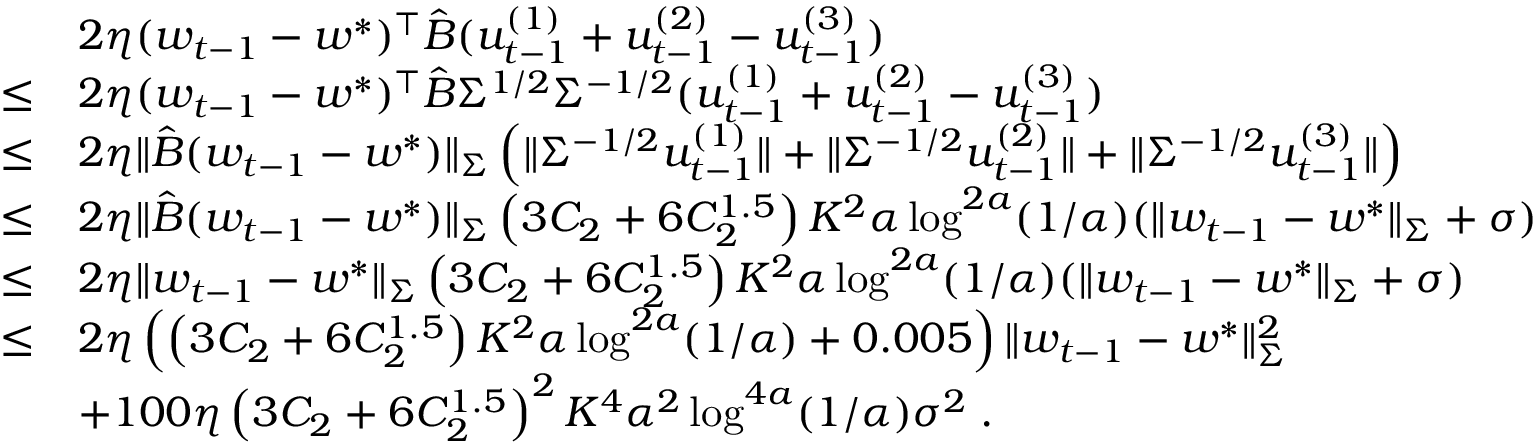
\begin{array} { r l } & { 2 \eta ( w _ { t - 1 } - w ^ { * } ) ^ { \top } \hat { B } ( u _ { t - 1 } ^ { ( 1 ) } + u _ { t - 1 } ^ { ( 2 ) } - u _ { t - 1 } ^ { ( 3 ) } ) } \\ { \leq } & { 2 \eta ( w _ { t - 1 } - w ^ { * } ) ^ { \top } \hat { B } \Sigma ^ { 1 / 2 } \Sigma ^ { - 1 / 2 } ( u _ { t - 1 } ^ { ( 1 ) } + u _ { t - 1 } ^ { ( 2 ) } - u _ { t - 1 } ^ { ( 3 ) } ) } \\ { \leq } & { 2 \eta \| \hat { B } ( w _ { t - 1 } - w ^ { * } ) \| _ { \Sigma } \left( \| \Sigma ^ { - 1 / 2 } u _ { t - 1 } ^ { ( 1 ) } \| + \| \Sigma ^ { - 1 / 2 } u _ { t - 1 } ^ { ( 2 ) } \| + \| \Sigma ^ { - 1 / 2 } u _ { t - 1 } ^ { ( 3 ) } \| \right) } \\ { \leq } & { 2 \eta \| \hat { B } ( w _ { t - 1 } - w ^ { * } ) \| _ { \Sigma } \left( 3 C _ { 2 } + 6 C _ { 2 } ^ { 1 . 5 } \right) K ^ { 2 } \alpha \log ^ { 2 a } ( 1 / \alpha ) ( \| w _ { t - 1 } - w ^ { * } \| _ { \Sigma } + \sigma ) } \\ { \leq } & { 2 \eta \| w _ { t - 1 } - w ^ { * } \| _ { \Sigma } \left( 3 C _ { 2 } + 6 C _ { 2 } ^ { 1 . 5 } \right) K ^ { 2 } \alpha \log ^ { 2 a } ( 1 / \alpha ) ( \| w _ { t - 1 } - w ^ { * } \| _ { \Sigma } + \sigma ) } \\ { \leq } & { 2 \eta \left( \left( 3 C _ { 2 } + 6 C _ { 2 } ^ { 1 . 5 } \right) K ^ { 2 } \alpha \log ^ { 2 a } ( 1 / \alpha ) + 0 . 0 0 5 \right) \| w _ { t - 1 } - w ^ { * } \| _ { \Sigma } ^ { 2 } } \\ & { + 1 0 0 \eta \left( 3 C _ { 2 } + 6 C _ { 2 } ^ { 1 . 5 } \right) ^ { 2 } K ^ { 4 } \alpha ^ { 2 } \log ^ { 4 a } ( 1 / \alpha ) \sigma ^ { 2 } \; . } \end{array}